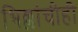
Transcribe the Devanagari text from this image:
भिल्लांचीही